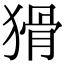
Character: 猾